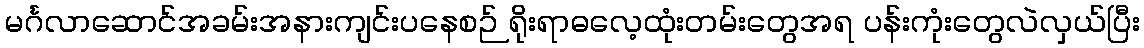
မင်္ဂလာဆောင်အခမ်းအနားကျင်းပနေစဉ် ရိုးရာဓလေ့ထုံးတမ်းတွေအရ ပန်းကုံးတွေလဲလှယ်ပြီး